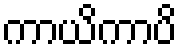
ကာယိကာပိ